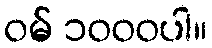
ဝမ် ၁၀၀၀ပါ။